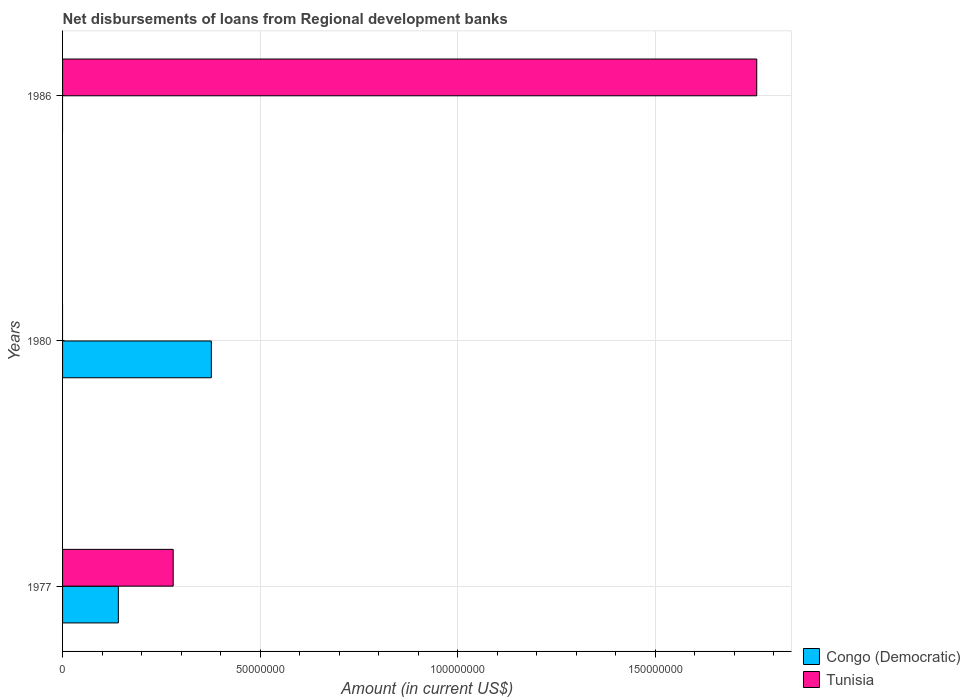
| Years | Congo (Democratic) | Tunisia |
 | --- | --- | --- |
 | 1977 | 1.41e+07 | 2.8e+07 |
 | 1980 | 3.77e+07 | -3.12e+07 |
 | 1986 | -2.58e+07 | 1.76e+08 |